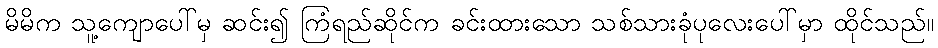
မိမိက သူ့ကျောပေါ်မှ ဆင်း၍ ကြံရည်ဆိုင်က ခင်းထားသော သစ်သားခုံပုလေးပေါ်မှာ ထိုင်သည်။